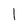
Character: 1